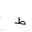
Letter: _da